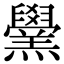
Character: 𦏗